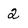
Character: 2